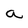
Character: a